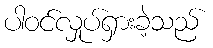
ပါဝင်လှုပ်ရှားခဲ့သည်